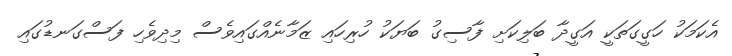
އެކަމަކު ހަގީގަތަކީ އަގީދާ ބަލިކަށި ފާސިގު ބަޔަކު ހުރިހައި ޒަމާނެއްގައިވެސް މިދިވެހި ފަސްގަނޑުގައި